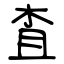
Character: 査